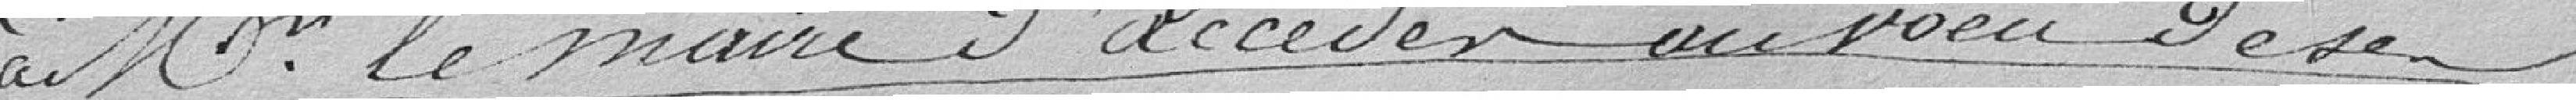
à M. le Maire d'accéder au vœu de son